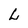
Character: L